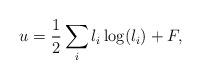
LaTeX: \begin{align*}u = \frac{1}{2}\sum_{i}l_{i}\log(l_{i})+F,\end{align*}